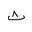
Letter: _tha